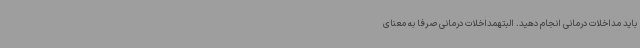
باید مداخلات درمانی انجام دهید. البتهمداخلات درمانی صرفا به معنای